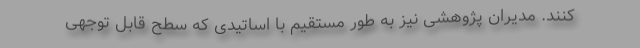
کنند. مدیران پژوهشی نیز به طور مستقیم با اساتیدی که سطح قابل توجهی